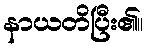
နာယတိပြီး၏။